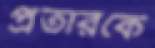
প্রতারকে